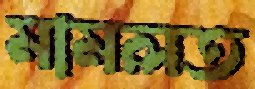
মামলত